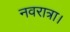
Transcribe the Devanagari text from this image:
नवरात्रा।